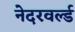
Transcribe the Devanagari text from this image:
नेदरवर्ल्ड